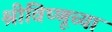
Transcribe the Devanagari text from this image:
श्रीविष्णूच्या